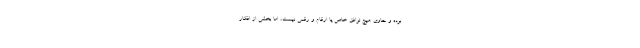
بوده و حاوی هیچ توافق خاص یا ارقام و رقمی نیست، اما بخشی از افکار